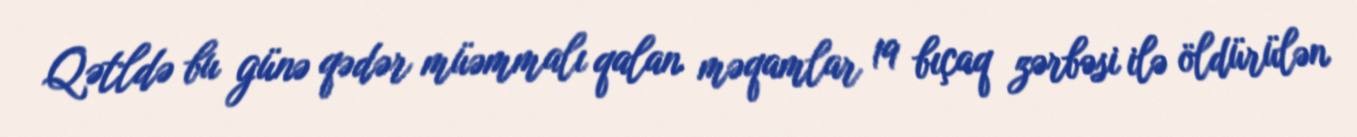
Qətldə bu günə qədər müəmmalı qalan məqamlar 19 bıçaq zərbəsi ilə öldürülən